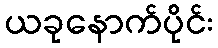
ယခုနောက်ပိုင်း